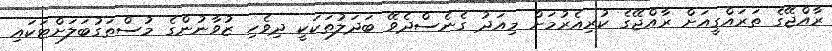
ރާއްޖޭގެ ތަރައްގީއަށް ރާއްޖޭގެ ކުރިއެރުމަށް މިއަދު ގެނެސްދެވޭ ބަދަލުތަކަކީ ދިވެހި ޒުވާނުންގެ މުސްތަގުބަލަށްޓަކައި